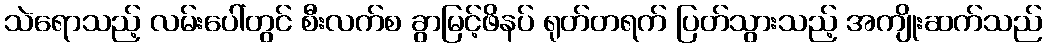
သဲရောသည့် လမ်းပေါ်တွင် စီးလက်စ ခွာမြင့်ဖိနပ် ရုတ်တရက် ပြတ်သွားသည့် အကျိုးဆက်သည်